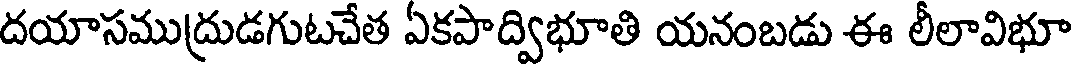
దయాసముద్రుడగుటచేత ఏకపాద్విభూతి యనంబడు ఈ లీలావిభూ